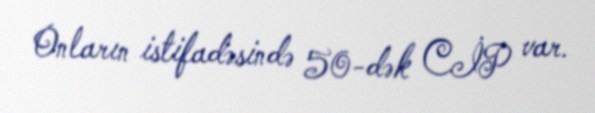
Onların istifadəsində 50-dək CİP var.